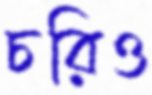
চরিও